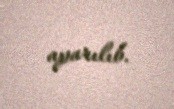
aparılıb.